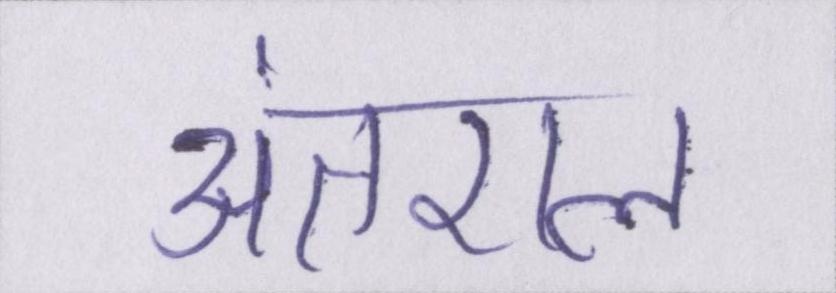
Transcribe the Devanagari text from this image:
अंतराल